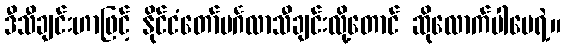
ဒီသီချင်းဟာဖြင့် နိုင်ငံတော်မင်္ဂလာသီချင်းလို့တောင် ဆိုလောက်ပါပေရဲ့။